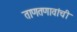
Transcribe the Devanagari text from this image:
ताणतणावांची